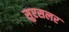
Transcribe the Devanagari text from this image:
सुएसलर